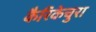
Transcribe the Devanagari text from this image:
कैरिकेचुरा